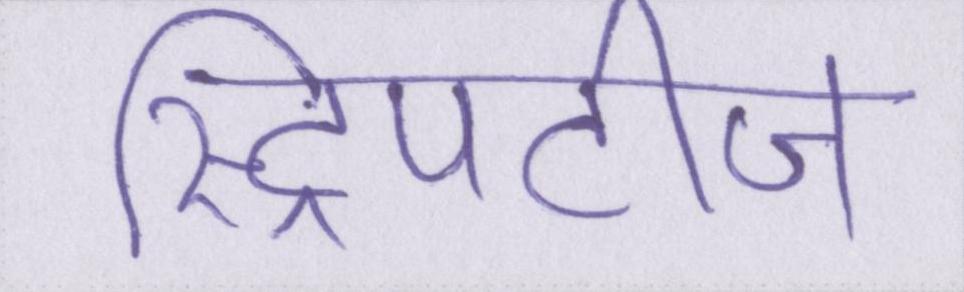
स्ट्रिपटीज